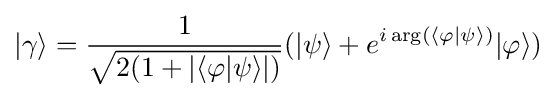
|\gamma \rangle ={\frac {1}{\sqrt {2(1+|\langle \varphi |\psi \rangle |)}}}(|\psi \rangle +e^{i\arg(\langle \varphi |\psi \rangle )}|\varphi \rangle )